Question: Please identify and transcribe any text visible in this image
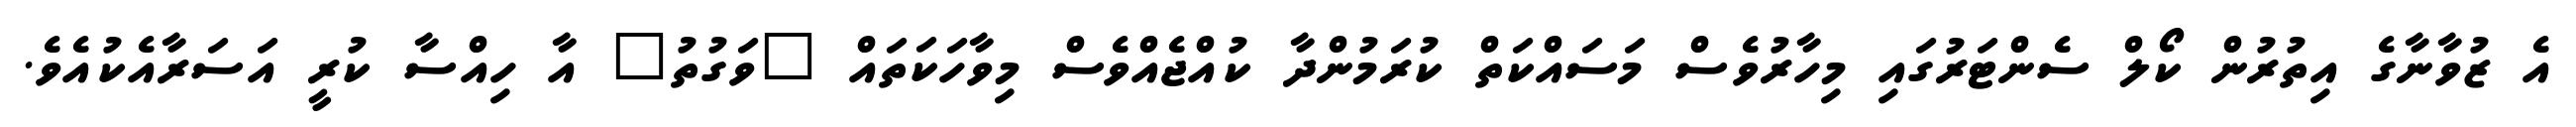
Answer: އެ ޒުވާނާގެ އިތުރުން ކޯލް ސެންޓަރުގައި މިހާރުވެސް މަސައްކަތް ކުރަމުންދާ ކުއްޖެއްވެސް މިވާހަކަތައް "ވަގުތު" އާ ހިއްސާ ކުރީ އަސަރާއެކުއެވެ.